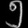
Digit: ၅